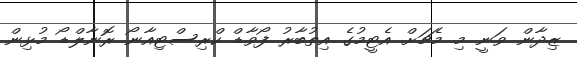
ޒިދާން ވަނީ މި މެޗަށް އެޓީމުގެ އިތުބާރު ފޯވާޑް ކްރިސްޓިއާނޯ ރޮނާލްޑޯ މުޅިން